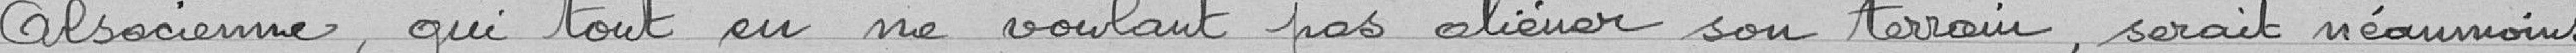
Alsacienne, qui tout en ne voulant pas aliéner son terrain, serait néanmoins